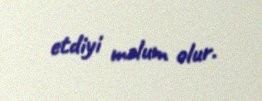
etdiyi məlum olur.